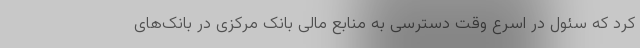
کرد که سئول در اسرع وقت دسترسی به منابع مالی بانک مرکزی در بانک‌های